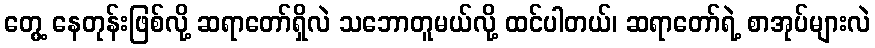
တွေ့ နေတုန်းဖြစ်လို့ ဆရာတော်ရှိလဲ သဘောတူမယ်လို့ ထင်ပါတယ်၊ ဆရာတော်ရဲ့ စာအုပ်များလဲ